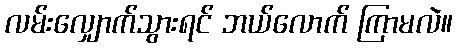
လမ်းလျှောက်သွားရင် ဘယ်လောက် ကြာမလဲ။